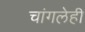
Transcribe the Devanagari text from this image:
चांगलेही